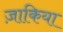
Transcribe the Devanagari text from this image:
ज़ाकिया